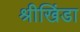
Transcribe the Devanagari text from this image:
श्रीखिंडा